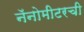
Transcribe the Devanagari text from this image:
नॅनोमीटरची